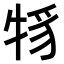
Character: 𤙪